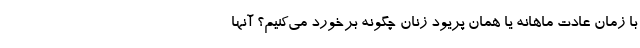
با زمان عادت ماهانه یا همان پریود زنان چگونه برخورد می‌کنیم؟ آنها